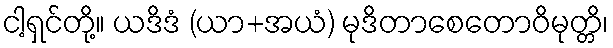
ငါ့ရှင်တို့။ ယဒိဒံ (ယာ+အယံ) မုဒိတာစေတောဝိမုတ္တိ၊